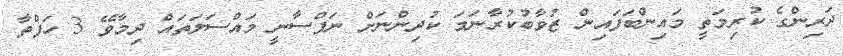
ދަރިންގެ ކުރިމަތީ މައިންބަފައިން ޒުވާބުކުރާނަމަ ކުދިންނަށް ނަފްސާނީ މައްސަލަތައް ދިމާވޭ 3 ހަފްތާ